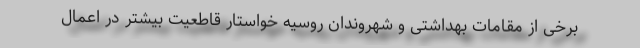
برخی از مقامات بهداشتی و شهروندان روسیه خواستار قاطعیت بیشتر در اعمال